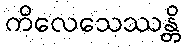
ကိလေသေဿန္တိ